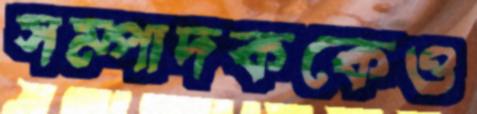
সম্পাদককেও